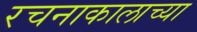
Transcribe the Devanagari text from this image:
रचनाकालाच्या